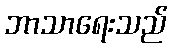
ဘာသာရေးသည်